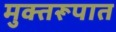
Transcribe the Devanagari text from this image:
मुक्तरूपात